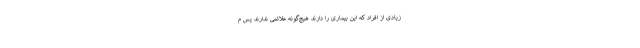
زیادی از افراد که این بیماری را دارند هیچ­گونه علائمی ندارند پس م